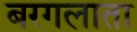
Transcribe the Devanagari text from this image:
बरगलाता